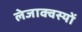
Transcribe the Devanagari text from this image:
लेजाक्वस्यों